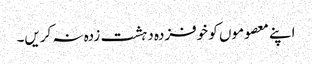
اپنے معصوموں کو خوفزدہ دہشت زدہ نہ کریں۔